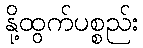
နို့ထွက်ပစ္စည်း